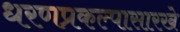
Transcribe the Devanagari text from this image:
धरणप्रकल्पासारखे